Bréfritari: Benedikt Hálfdanarson
Dagsetning: A-1878-07-18
Skrifað á: Leith, Skotlandi

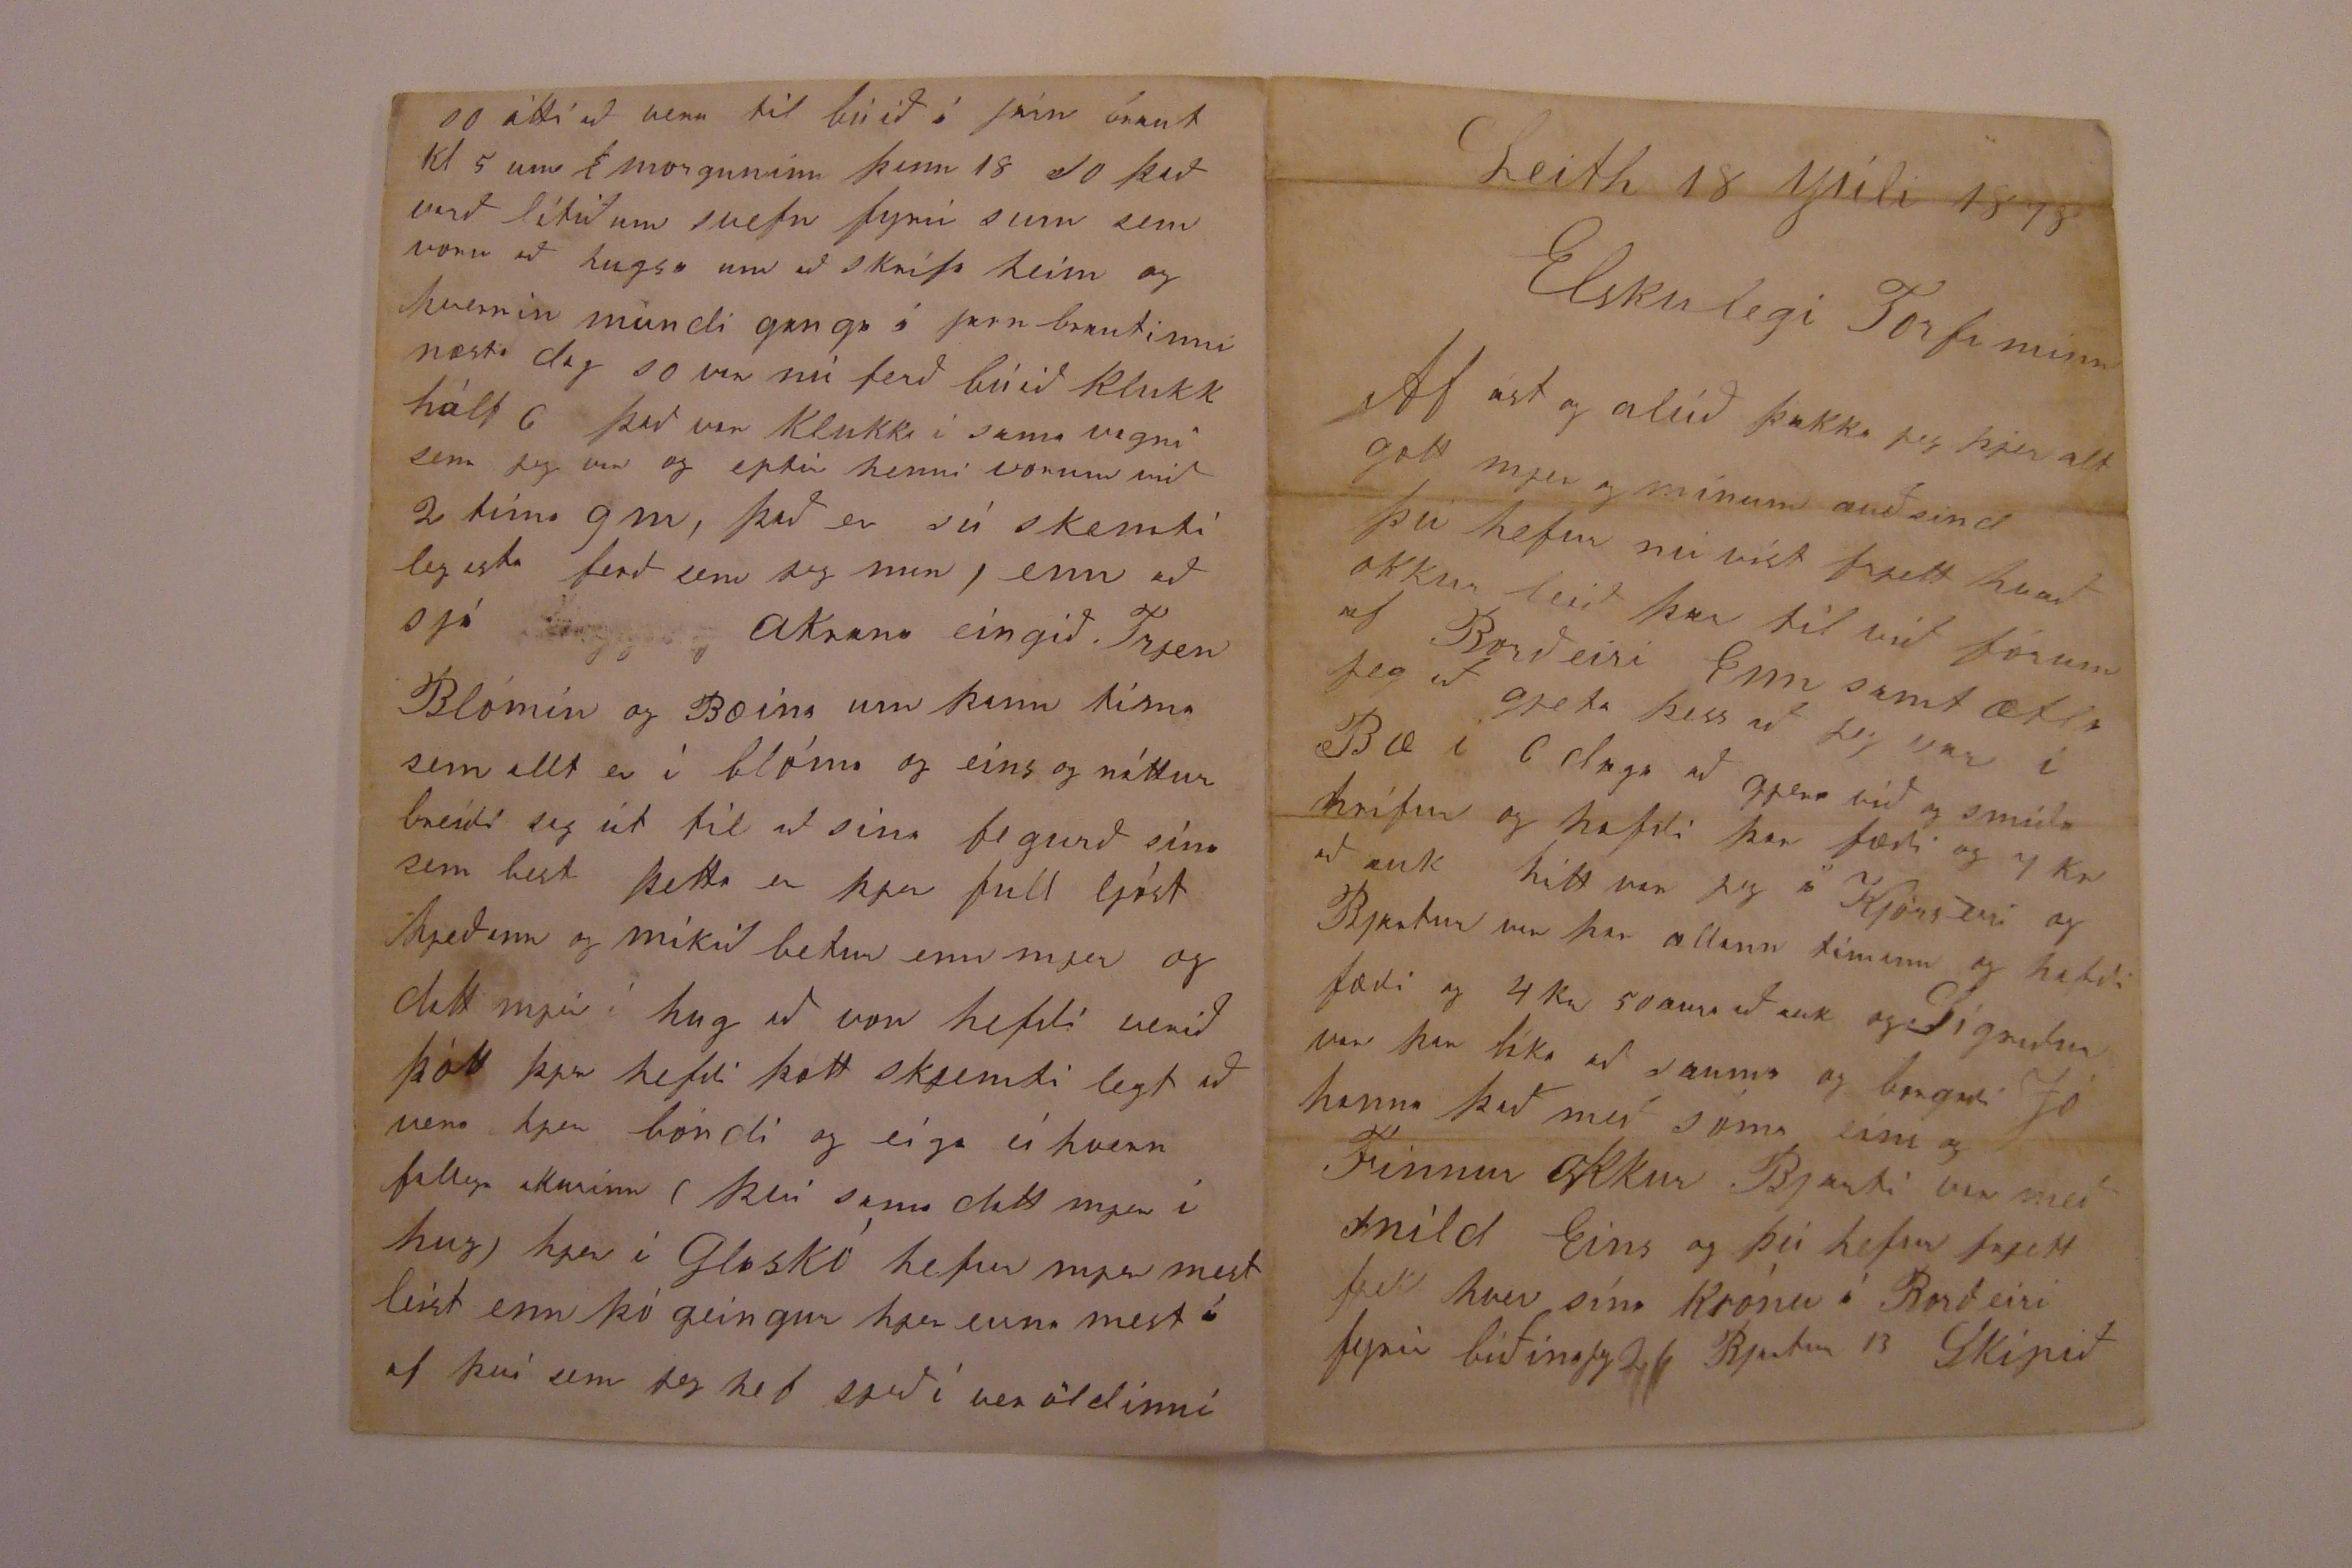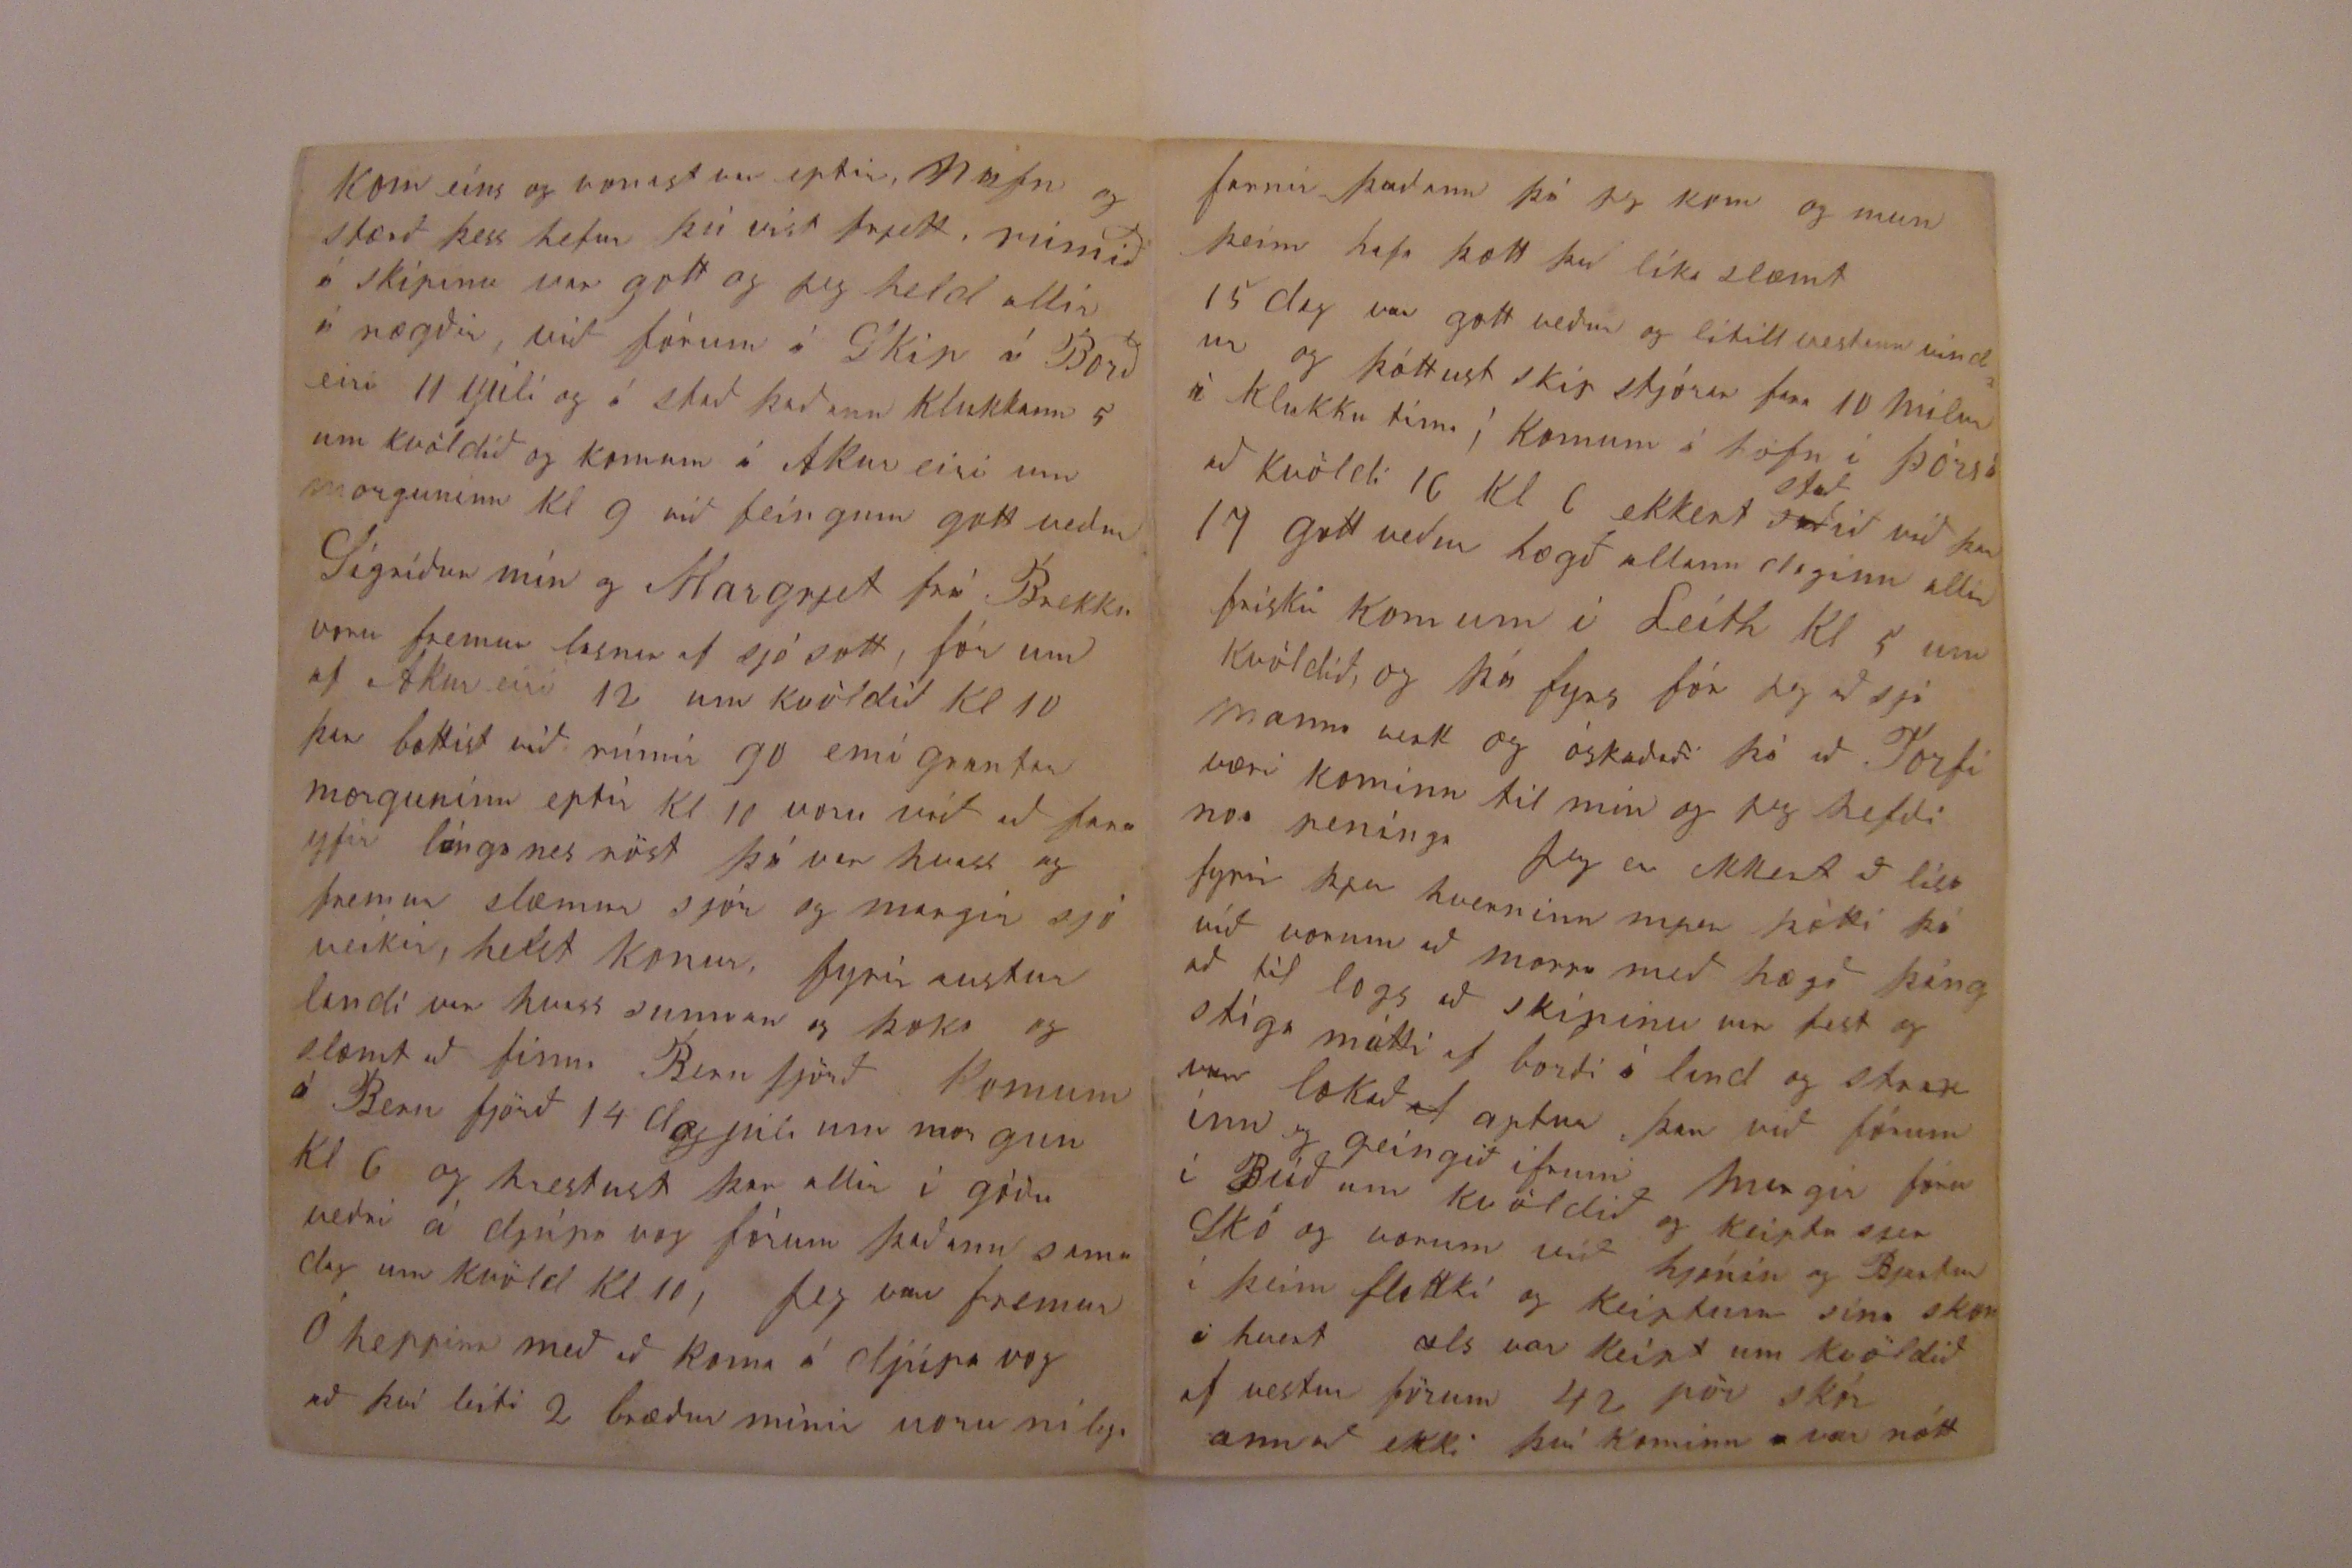

Leith 18 Júlí 1878
Elskulegi Torfi minn
Af ást og alúð þakka jeg þjer alt gott mjer og mínum auðsind þú hefur nú víst frjett hvað okkur leið þar til við fórum af Borðeiri Enn samt ætla jeg að gjeta þess að jeg var í Bæ í 6 daga að gjera við og smíða hrífur og hafði þar fæði og 7 Kr að auk hitt var jeg á Kjörseiri og Bjartur var þar allann tímann og hafði fæði og 4 Kr 50 aura að auk og Sigríður var þar líka að sauma og borgaði Jóhann það með sóma eins og Finnur okkur Bjarti var með snild Eins og og þú hefur frjett fjekk hver sína krónu í Borðeiri fyrir biðina jeg 26 Bjartur 13 Skipið
kom eins og vonast var eptir, nafn og stærð þess hefur þú víst frjett, rúmið á skipinu var gott og jeg held allir á nægðir, við fórum á Skip á Borðeiri 11 Júlí og á stað það um klukkan 5 um kvöldið og komum á Akureiri um morguninn kl 9 við feingum gott veður Sigríður mín og Margrjet frá Brekku voru fremur lasnar af sjósott, fórum af Akureiri 12 um kvöldið kl 10 þar bættist við rúmir 90 emígrantar morguninn eptir kl 10 voru við að fara yfir lánganesröst þá var hvass og fremur slæmur sjór og margir sjó veikir, helst konur, fyrir austur landi var hvass sunnan og þoka og slæmt að finna Berufjörð Komum á Berufjörð 14 dag júlí um morgun kl 6 og hrestust þar allir í góðu veðri á djúpavog fórum þaðann sama dag um kvöld kl 10, Jeg var fremur óheppinn með að koma á djúpavog að því leiti 2 bræður mínir voru nílega
farnir þaðann þá jeg kom og mun þeim hafa þætt það líka slæmt
15 dag var gott veður og lítill vestann vindur og þóttust skip stjórar fara 10 mílur á klukkutíma, Komum á höfn í
Þórsá
að kvöldi 16 kl 6 ekkert
sað
stað
ið við þar 17 gott veður lægð allann daginn allir fríkir komum í Leith kl 5 um kvöldið og þá fyrs fór jeg að sjá manna verk og óskaðaði þá að Torfi væri kominn til mín og jeg hefði noa peninga Jeg er ekkert að lísa fyrir þjer hverninn mjer þótti þá við vorum að marra með hægð þángað til logs að skipinu var fest og stíga mátti af borði í land og strax var lokað
af
aptur þar við fórum inn og geingið ifrum Margir fóru í Búð um kvöldið og keiptu sjer Skó og vorum við hjónin og Bjartur í þeim flokki og keiptum sína skon á hvert als var keipt um kvöldið af vesturförum 42 pör skór annað ekki því kominn var nótt
og átti að vera til búið í járnbraut kl 5 um
0
morguninn þann 18 so það varð lítið um svefn fyrir sum sem voru að hugsa um að skrifa heim og hvernin mundi ganga í jarnbrautinni næsta dag so var nú ferð búið klukk hálf 6 það var klukka í sama vagni sem jeg var og eptir henni vorum við 2 tíma 9 m, það er sú skemtilegast ferð sem jeg man enn að sjá akrana eingið Trjen Blómin og Bæina um þann tíma sem allt er í blóma og eins og náttur breiði sig út til að sína fegurð sína sem best þetta er þjer full ljóst hjeðann og mikið betur enn mjer og datt mjer í hug að von hefði verið þótt þjer hefði þótt skjemtilegt að vera hjer bóndi og eiga eihvern fallega akurinn (því sama datt mjer í hug) hjer í Glaskó hefur mjer mest leist enn þó geingur hjer eirna mest á af því sem jeg hef sjeð í veröldinni